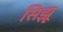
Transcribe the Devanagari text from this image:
सिझू